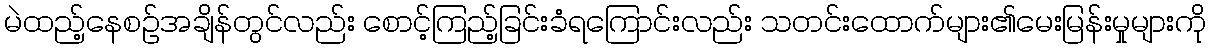
မဲထည့်နေစဉ်အချိန်တွင်လည်း စောင့်ကြည့်ခြင်းခံရကြောင်းလည်း သတင်းထောက်များ၏မေးမြန်းမှုများကို